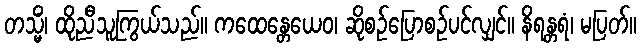
တသ္မိံ၊ ထိုညီသူကြွယ်သည်။ ကထေန္တေယေဝ၊ ဆိုစဉ်ပြောစဉ်ပင်လျှင်။ နိရန္တရံ၊ မပြတ်။